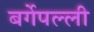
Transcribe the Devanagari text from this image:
बर्गेपल्ली